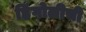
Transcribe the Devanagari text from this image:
हिंगोलीची